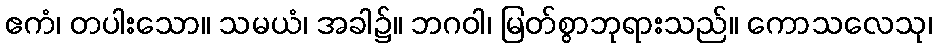
ဧကံ၊ တပါးသော။ သမယံ၊ အခါ၌။ ဘဂဝါ၊ မြတ်စွာဘုရားသည်။ ကောသလေသု၊